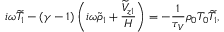
i \omega \widetilde { T } _ { 1 } - ( \gamma - 1 ) \left( i \omega \widetilde { \rho } _ { 1 } + \frac { \widetilde { V } _ { z 1 } } { H } \right) = - \frac { 1 } { \tau _ { V } } \rho _ { 0 } T _ { 0 } \widetilde { T } _ { 1 } ,